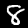
Digit: 8